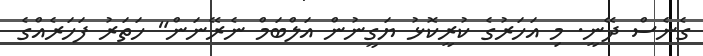
ގެނެސް ދޭނީ. މި އަހަރުގެ ކުރީކޮޅު ޔަގީނުން އަލްބަމް ނެރޭނަން" ހަތަރު ފަހަރެއްގެ